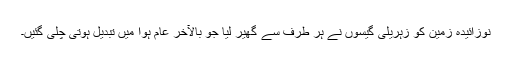
نوزائیدہ زمین کو زہریلی گیسوں نے ہر طرف سے گھیر لیا جو بالآخر عام ہوا میں تبدیل ہوتی چلی گئیں۔